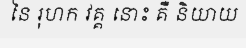
នៃ រុហក វគ្គ នោះ គឺ និយាយ